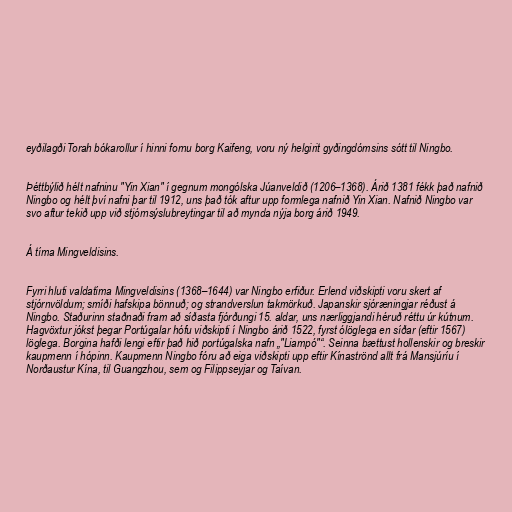
eyðilagði Torah bókarollur í hinni fornu borg Kaifeng, voru ný helgirit gyðingdómsins sótt til Ningbo.

Þéttbýlið hélt nafninu "Yin Xian" í gegnum mongólska Júanveldið (1206–1368). Árið 1381 fékk það nafnið
Ningbo og hélt því nafni þar til 1912, uns það tók aftur upp formlega nafnið Yin Xian. Nafnið Ningbo var
svo aftur tekið upp við stjórnsýslubreytingar til að mynda nýja borg árið 1949.

Á tíma Mingveldisins.

Fyrri hluti valdatíma Mingveldisins (1368–1644) var Ningbo erfiður. Erlend viðskipti voru skert af
stjórnvöldum; smíði hafskipa bönnuð; og strandverslun takmörkuð. Japanskir ​​sjóræningjar réðust á
Ningbo. Staðurinn staðnaði fram að síðasta fjórðungi 15. aldar, uns nærliggjandi héruð réttu úr kútnum.
Hagvöxtur jókst þegar Portúgalar hófu viðskipti í Ningbo árið 1522, fyrst ólöglega en síðar (eftir 1567)
löglega. Borgina hafði lengi eftir það hið portúgalska nafn „"Liampó"“. Seinna bættust hollenskir ​​og breskir
kaupmenn í hópinn. Kaupmenn Ningbo fóru að eiga viðskipti upp eftir Kínaströnd allt frá Mansjúríu í
Norðaustur Kína, til Guangzhou, sem og Filippseyjar og Taívan.